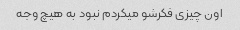
اون چیزی فکرشو میکردم نبود به هیچ وجه